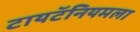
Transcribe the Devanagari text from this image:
टायटॅनियमला